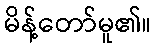
မိန့်တော်မူ၏။